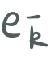
$e_{\vec{k}}$